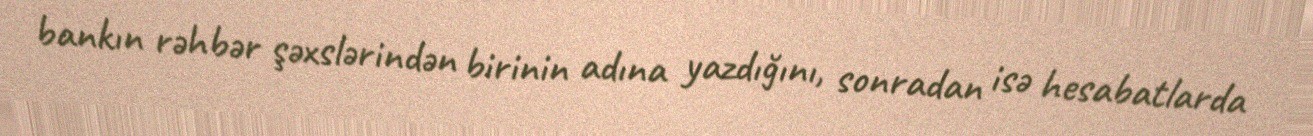
bankın rəhbər şəxslərindən birinin adına yazdığını, sonradan isə hesabatlarda